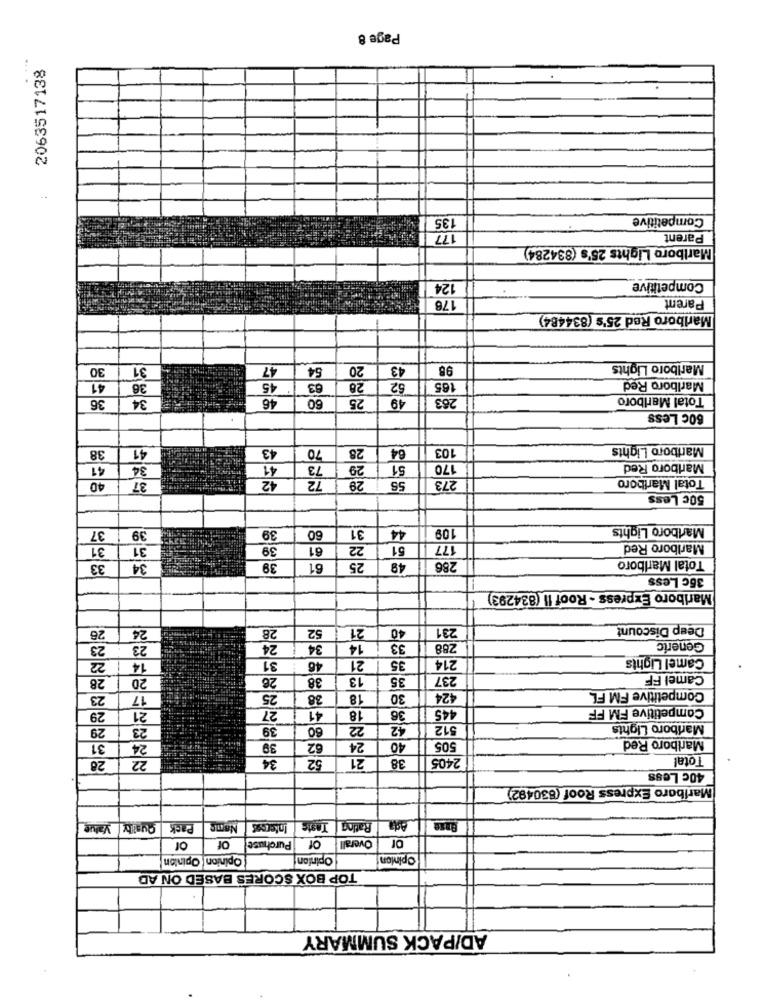
Page 8
2063517138
...
135
Competitive
77
Parent
Marlboro Lights 25's (834284)
124
Competitive
176
Parent
Marlboro Red 25's (8344B4)
30
31
47
54
20
43
98
Marlboro Lights
41
36
45
63
28
62
165
Marlboro Red
36
34
46
60
25
49
263
Total Marlboro
60c Less
38
41
43
70
28
64
103
Marlboro Lights
41
34
41
73
29
51
170
Marlboro Red
42
72
29
Total Mariboro
40
37
55
273
50c Less
60
31
44
109
Marlboro Lights
37
39
39
31
31
39
61
22
51
177
Marlboro Red
Total Marlboro
33
34
39
61
25
49
286
35c Less
Marlboro Express - Roof Il (834293)
26
24
28
52
21
40
231
Deep Discount
14
23
23
24
34
33
288
Generic
31
21
35
214
Camel Lights
22
14
46
28
20
26
38
13
35
237
Camel FF
23
17
25
38
18
30
424
Competitive FM FL
27
36
445
Competitive FM FF
29
21
41
18
29
23
39
60
22
42
512
Mariboro Lights
Marlboro Red
31
24
39
62
24
40
505
22
34
52
21
38
2405
Total
28
40c Less
Mariboro Express Roof (830492)
Value
Qualltr
Pack
Name
Inferens
Rating
of
of
of
Purchase
Overall
Opinion Opinion
Opinion
Opinion
TOP BOX SCORES BASED ON AD
AD/PACK SUMMARY